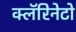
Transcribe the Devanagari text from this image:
क्लॅरिनेटो